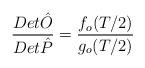
LaTeX: \begin{align*}{{Det \hat{O}} \over {Det \hat{P}}} = {{f_{o}(T/2)} \over {g_{o}(T/2)}}\end{align*}